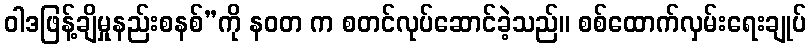
ဝါဒဖြန့်ချိမှုနည်းစနစ်”ကို နဝတ က စတင်လုပ်ဆောင်ခဲ့သည်။ စစ်ထောက်လှမ်းရေးချုပ်